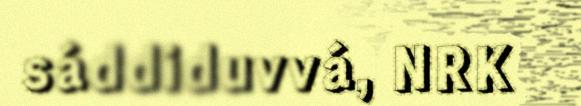
sáddiduvvá, NRK